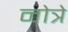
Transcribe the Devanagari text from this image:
नोत्रे